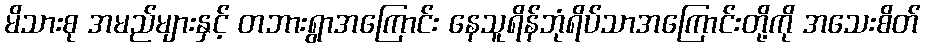
မိသားစု အမည်များနှင့် တဘားရွာအကြောင်း နေသူရိန်ဘုံရိပ်သာအကြောင်းတို့ကို အသေးစိတ်